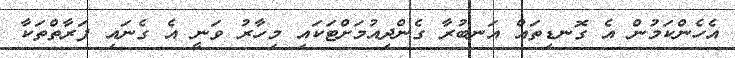
އެހެންކަމުން އެ ގޮނޑިތައް އަނބުރާ ގެންދިއުމަށްޓަކައި މިހާރު ވަނީ އެ ގެނައި ފަރާތްތަކާ